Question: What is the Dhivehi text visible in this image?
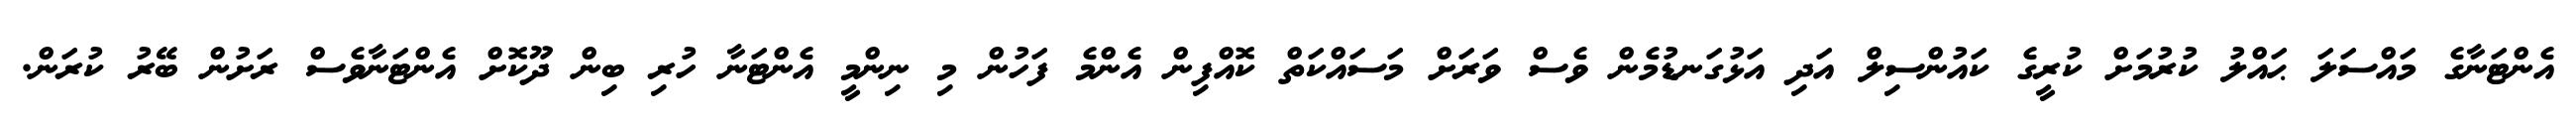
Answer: އެންޓަނާގެ މައްސަލަ ޙައްލު ކުރުމަށް ކުރީގެ ކައުންސިލް އަދި އަޅުގަނޑުމެން ވެސް ވަރަށް މަސައްކަތް ކޮއްފިން އެންމެ ފަހުން މި ނިންމީ އެންޓަނާ ހުރި ބިން ދޫކޮށް އެންޓަނާވެސް ރަށުން ބޭރު ކުރަން.